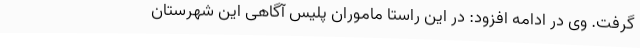
گرفت. وی در ادامه افزود: در این راستا ماموران پلیس آگاهی این شهرستان